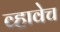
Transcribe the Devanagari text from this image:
व्हावेच